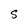
Character: S